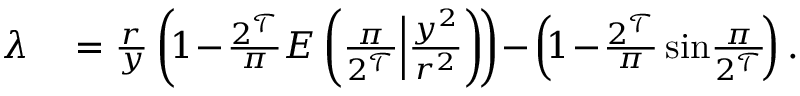
\begin{array} { r l } { \lambda } & { { } = \frac { r } { y } \left( \! 1 \! - \! \frac { 2 ^ { \mathcal T } } { \pi } E \left( \frac { \pi } { 2 ^ { \mathcal T } } \Big | \frac { y ^ { 2 } } { r ^ { 2 } } \right) \! \right) \! - \! \left( \! 1 \! - \! \frac { 2 ^ { \mathcal T } } { \pi } \sin \! \frac { \pi } { 2 ^ { \mathcal T } } \! \right) . } \end{array}